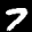
Label: 7